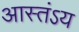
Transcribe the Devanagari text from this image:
आस्तंऽय